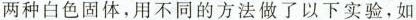
两种白色固体，用不同的方法做了以下实验，如